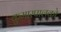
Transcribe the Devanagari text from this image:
कुमारपालको